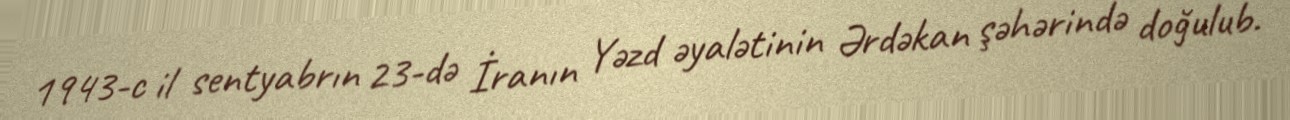
1943-c il sentyabrın 23-də İranın Yəzd əyalətinin Ərdəkan şəhərində doğulub.